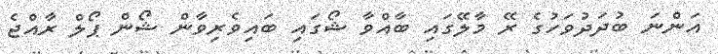
އަންނަ ބުދަދުވަހުގެ ރޭ މާލޭގައި ބާއްވާ ޝޯގައި ބައިވެރިވާން ޝޯން ޕޯލް ރާއްޖެ